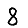
Digit: 8